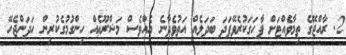
2. ރާއްޖޭގެ ތިމާވެއްޓަށް ފާހަގަކުރެވޭފަދަ ބަދަލެއް އަތުވެދާނެ އެއްވެސް މަޝްރޫޢެއް ހިންގުމުގެކުރިން ހަދަންޖެހޭ